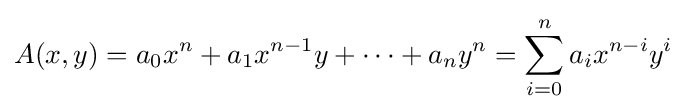
A(x,y)=a_{0}x^{n}+a_{1}x^{n-1}y+\cdots +a_{n}y^{n}=\sum _{i=0}^{n}a_{i}x^{n-i}y^{i}